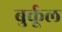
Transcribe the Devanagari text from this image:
बुर्कूल